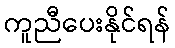
ကူညီပေးနိုင်ရန်